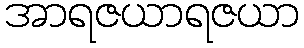
အာရဇယာရဇယာ